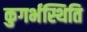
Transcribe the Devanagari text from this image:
कुगर्भस्थिति